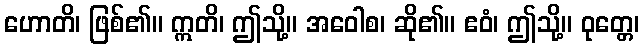
ဟောတိ၊ ဖြစ်၏။ ဣတိ၊ ဤသို့။ အဝေါစ၊ ဆို၏။ ဧဝံ၊ ဤသို့။ ဝုတ္တေ၊